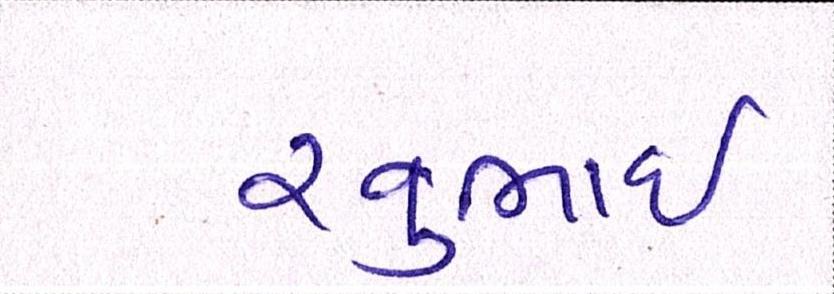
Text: રવુભાઇ